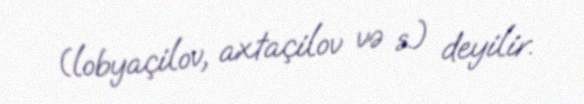
(lobyaçilov, axtaçilov və s.) deyilir.